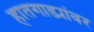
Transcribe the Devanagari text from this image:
हातगाड्यांवर